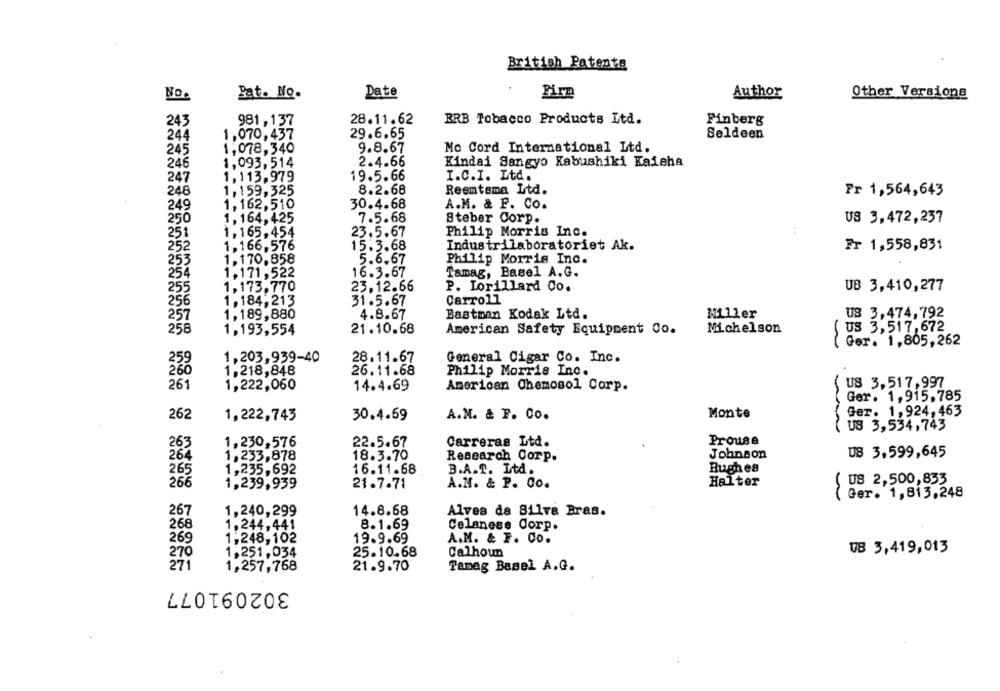
British Patents
No.
Pat. No.
Date
Firm
Author
Other Versions
243
981,137
28.11.62
BRB Tobacco Products Ltd.
Finberg
244
1.070,437
29.6.65
Seldeen
245
1,078,340
9.8.67
Mo Cord International Ltd.
246
1,093,514
2.4.66
Kindai Sangyo Kabushiki Kaieha
247
1,113,979
19.5.66
I.C.I. Ltd.
1,159,325
8.2.68
Reemtsma Ltd.
Fr 1,564,643
249
1,162,510
30.4.68
A.M. & F. Co.
1, 164, 425
7.5.68
Steber Corp.
US 3,472,237
1, 165,454
23.5.67
Philip Morris Inc.
1.166,576
15.3.68
Industrilaboratoriet Ak.
Fr 1,558,831
1,170.858
5.6.67
Philip Morris Inc.
1,171, 522
16.3.67
Tamag, Basel A.G.
1,173,770
23.12.66
P. Lorillard Co.
UB 3,410,277
256
1,184,213
31.5.67
Carro11
257
1, 189,880
4.8.67
Eastman Kodak Ltd.
Miller
US 3,474,792
258
1,193,554
21.10.68
American Safety Equipment Co.
Michelson
US 3,517,672
( Ger. 1,805,262
1,203,939-40
General Cigar Co. Inc.
28.11.67
1,218,848
26.11.68
Philip Morris Inc.
261
1,222,060
14.4.69
American Chemosol Corp.
US 3,517,997
Ger. 1,915,785
Monte
Ger. 1,924, 463
262
1,222,743
30.4.69
A.M. & F. Co.
US 3,534,743
Carreras Ltd.
Prouse
263
1,230,576
22.5.67
264
18.3.70
Johnson
US 3,599,645
1,233,878
Research Corp.
1,235,692
16.11.68
B.A.T. Ltd.
Bughes
265
266
1,239,939
21.7.71
A.N. & P. Co.
Halter
( US 2,500,833
( Ger. 1,813,248
267
1,240,299
14.8.68
Alves da Silva Bras.
268
1,244,441
8.1.69
Celanese Corp.
269
1,248,102
19.9.69
A.M. & F. CO.
270
1,251, 034
25.10.68
Calhoun
UB 3,419,013
271
1,257,768
21.9.70
Tameg Basel A.G.
302091077